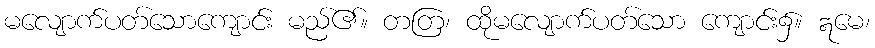
မလျောက်ပတ်သောကျောင်း မည်၏။ တတြ၊ ထိုမလျောက်ပတ်သော ကျောင်း၌။ ဣမေ၊